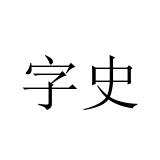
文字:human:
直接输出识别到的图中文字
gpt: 字史